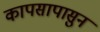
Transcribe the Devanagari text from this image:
कापसापासुन